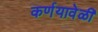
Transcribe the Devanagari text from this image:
कर्णयावेळी